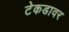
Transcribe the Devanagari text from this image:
टेकडावर